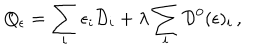
Q _ { \epsilon } = \sum _ { i } \epsilon _ { i } { \cal D } _ { i } + \lambda \sum _ { i } { \cal D } ^ { 0 } ( \epsilon ) _ { i } \, ,